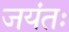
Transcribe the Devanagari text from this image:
जयंतः